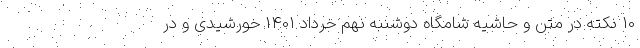
10 نکته در متن و حاشیه شامگاه دوشنبه نهم خرداد 1401 خورشیدی و در